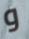
و